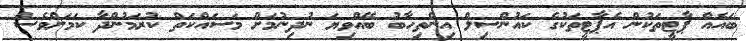
ބައެއް ޕާޓީތަކުން އެޕާޓީތަކުގެ ކައުންސިލް އިންތިހާބު ބޭއްވިޔަ ނުދިނުމަށް މަސައްކަތް ކުރަމުންދާ ކަމަށްވެސް